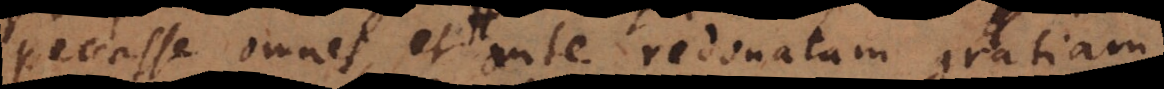
peccasse omnes, et ante redonatam gratiam